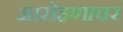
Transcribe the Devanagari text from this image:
आरोहणावर